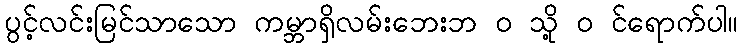
ပွင့်လင်းမြင်သာသော ကမ္ဘာရှိလမ်းဘေးဘ ၀ သို့ ၀ င်ရောက်ပါ။